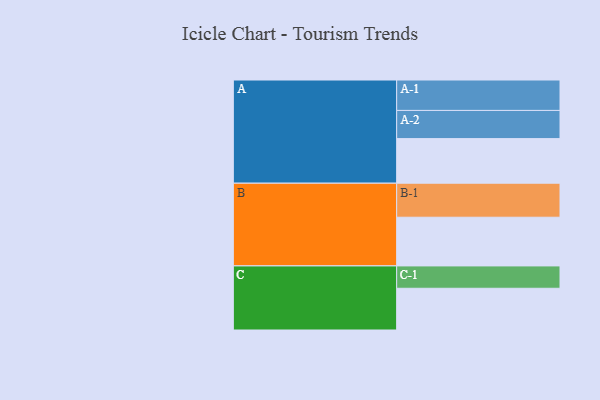
{"axis": {"x": "Segment", "y": "Value"}, "legend": ["", "A", "B", "C"], "data": [{"x": "A", "y": 359, "type": ""}, {"x": "B", "y": 392, "type": ""}, {"x": "C", "y": 336, "type": ""}, {"x": "A-1", "y": 245, "type": "A"}, {"x": "A-2", "y": 227, "type": "A"}, {"x": "B-1", "y": 274, "type": "B"}, {"x": "C-1", "y": 180, "type": "C"}]}